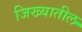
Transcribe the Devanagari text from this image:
जिख्यातील